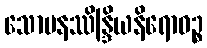
သောမနဿိန္ဒြိယနိရောဓဉ္စ